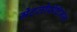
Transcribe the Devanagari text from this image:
मेटलोप्रोटिनेज